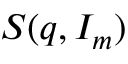
S ( q , I _ { m } )